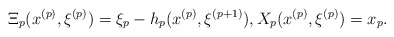
\begin{align*}\Xi_p(x^{(p)}, \xi^{(p)})=\xi_p-h_p(x^{(p)}, \xi^{(p+1)}),X_p(x^{(p)}, \xi^{(p)})=x_p.\end{align*}